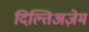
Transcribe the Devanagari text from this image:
दिल्तिअज़ेम